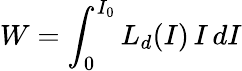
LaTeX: W=\int_{0}^{I_{0}}L_{d}(I)\, I\, dI